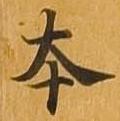
本